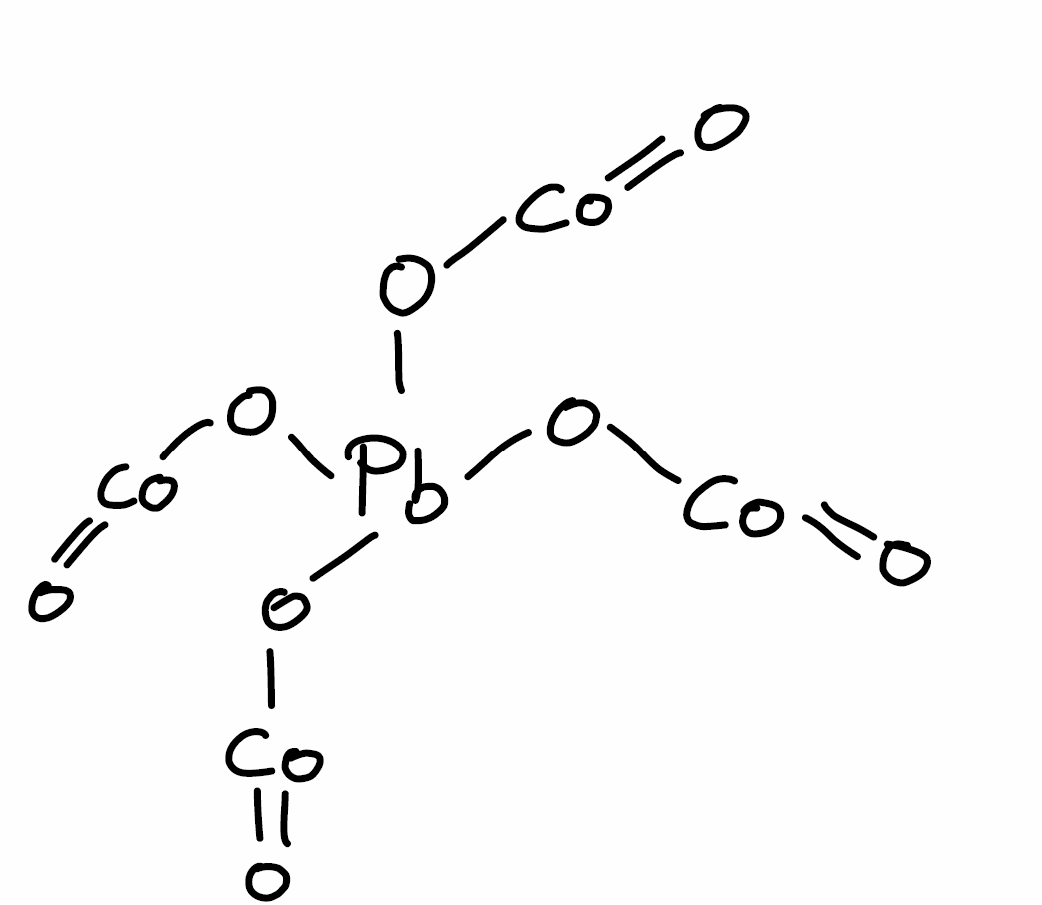
Simplified molecular-input line-entry system (SMILES) notation of the given molecule:
O=[Co]O[Pb](O[Co]=O)(O[Co]=O)O[Co]=O